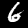
Digit: 6